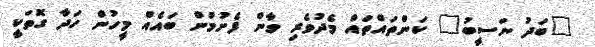
"ބަދު ނަސީބު" ކަންތައްތައް މެދުވެރި ވާން ފެށުމުން ބައެއް މީހުން ހަދާ ގޮތަކީ